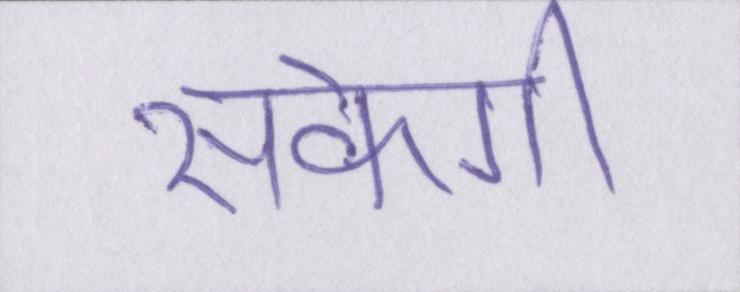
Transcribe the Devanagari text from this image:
सकेगी